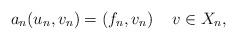
LaTeX: \begin{align*} a_n(u_n, v_n)=(f_n, v_n) \quad\, v\in X_n,\end{align*}